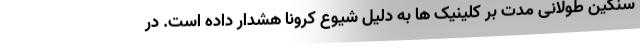
سنگین طولانی مدت بر کلینیک ها به دلیل شیوع کرونا هشدار داده است. در